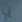
يي